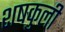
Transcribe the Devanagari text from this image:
शषकुली